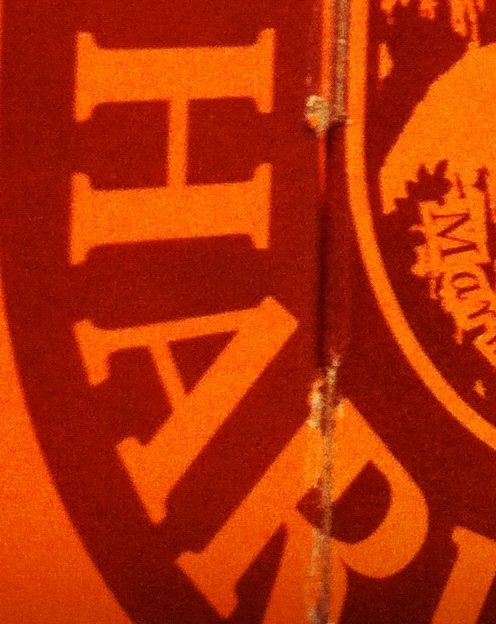
HAR